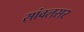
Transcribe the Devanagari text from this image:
सांवलसर